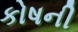
કોષની